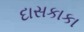
દાસકાકા